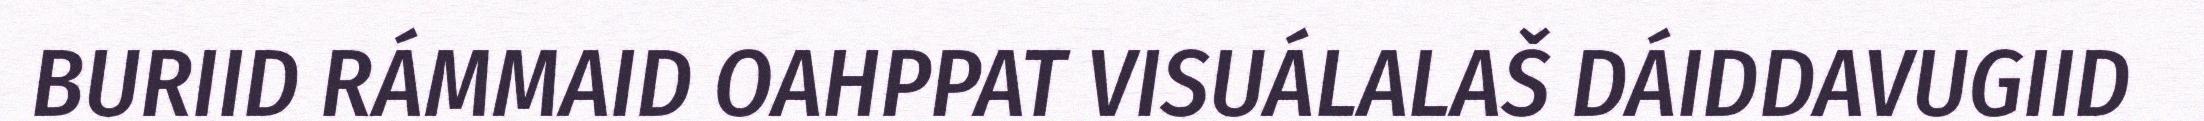
BURIID RÁMMAID OAHPPAT VISUÁLALAŠ DÁIDDAVUGIID